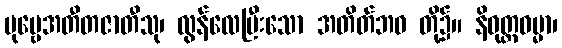
ပုဗ္ဗေအတီတဇာတီသု၊ လွန်လေပြီးသော အတိတ်ဘဝ တို့၌။ နိဝုတ္ထဓမ္မာ၊